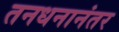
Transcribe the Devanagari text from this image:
तनधनानंतर